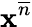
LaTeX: \mathbf{x}^{\overline{{{n}}}}